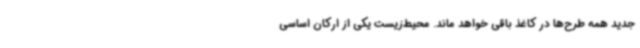
جدید همه طرح‌ها در کاغذ باقی خواهد ماند. محیط‌زیست یکی از ارکان اساسی